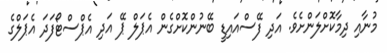
މުނާއި ދިމާކޮށްލަންށެވެ. އަދި ފޭސްއައިޑީ ބޭނުންކޮށްގެން އެޕަލް ޕޭ އަދި އެޕްސްޓޯފަދަ އެޕަލްގެ